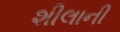
શીલાની